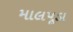
માલપૂડા